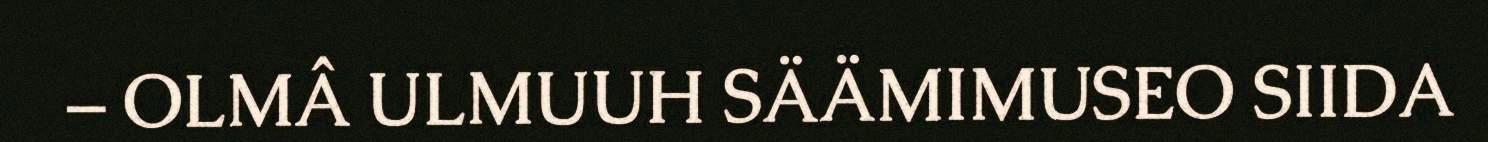
– OLMÂ ULMUUH SÄÄMIMUSEO SIIDA